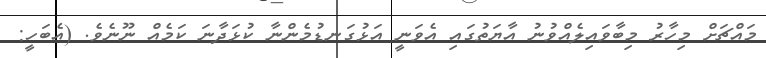
މައްޗަށް މިހާރު މިބާވައިލެއްވުނު އާޔަތުގައި އެވަނީ އަޅުގަނޑުމެންނާ ކުޅަދާނަ ކަމެއް ނޫނެވެ. (އެބަހީ: